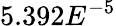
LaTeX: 5.392E^{-5}